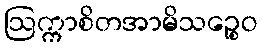
ဩက္ကာစိတအာမိသဉ္စေဝ